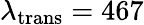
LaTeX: \lambda_{\mathrm{trans}}=467